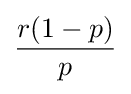
{\frac {r(1-p)}{p}}